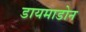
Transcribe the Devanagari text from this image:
डायमाडोन